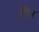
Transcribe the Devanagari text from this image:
हैंप